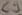
Text: C9